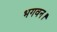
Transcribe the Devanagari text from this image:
भगवन।